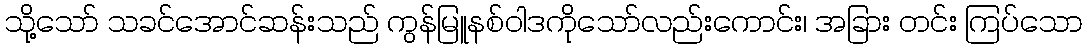
သို့သော် သခင်အောင်ဆန်းသည် ကွန်မြူနစ်ဝါဒကိုသော်လည်းကောင်း၊ အခြား တင်း ကြပ်သော